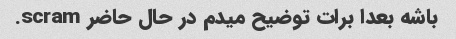
باشه بعدا برات توضیح میدم در حال حاضر scram.